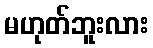
မဟုတ်ဘူးလား